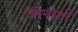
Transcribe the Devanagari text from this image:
जीनांशी